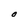
Character: O